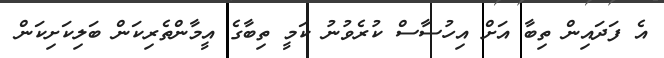
އެ ފަދައިން ތިބާ އަށް އިހުސާސް ކުރެވުނު ކަމީ ތިބާގެ އީމާންތެރިކަން ބަލިކަށިކަން